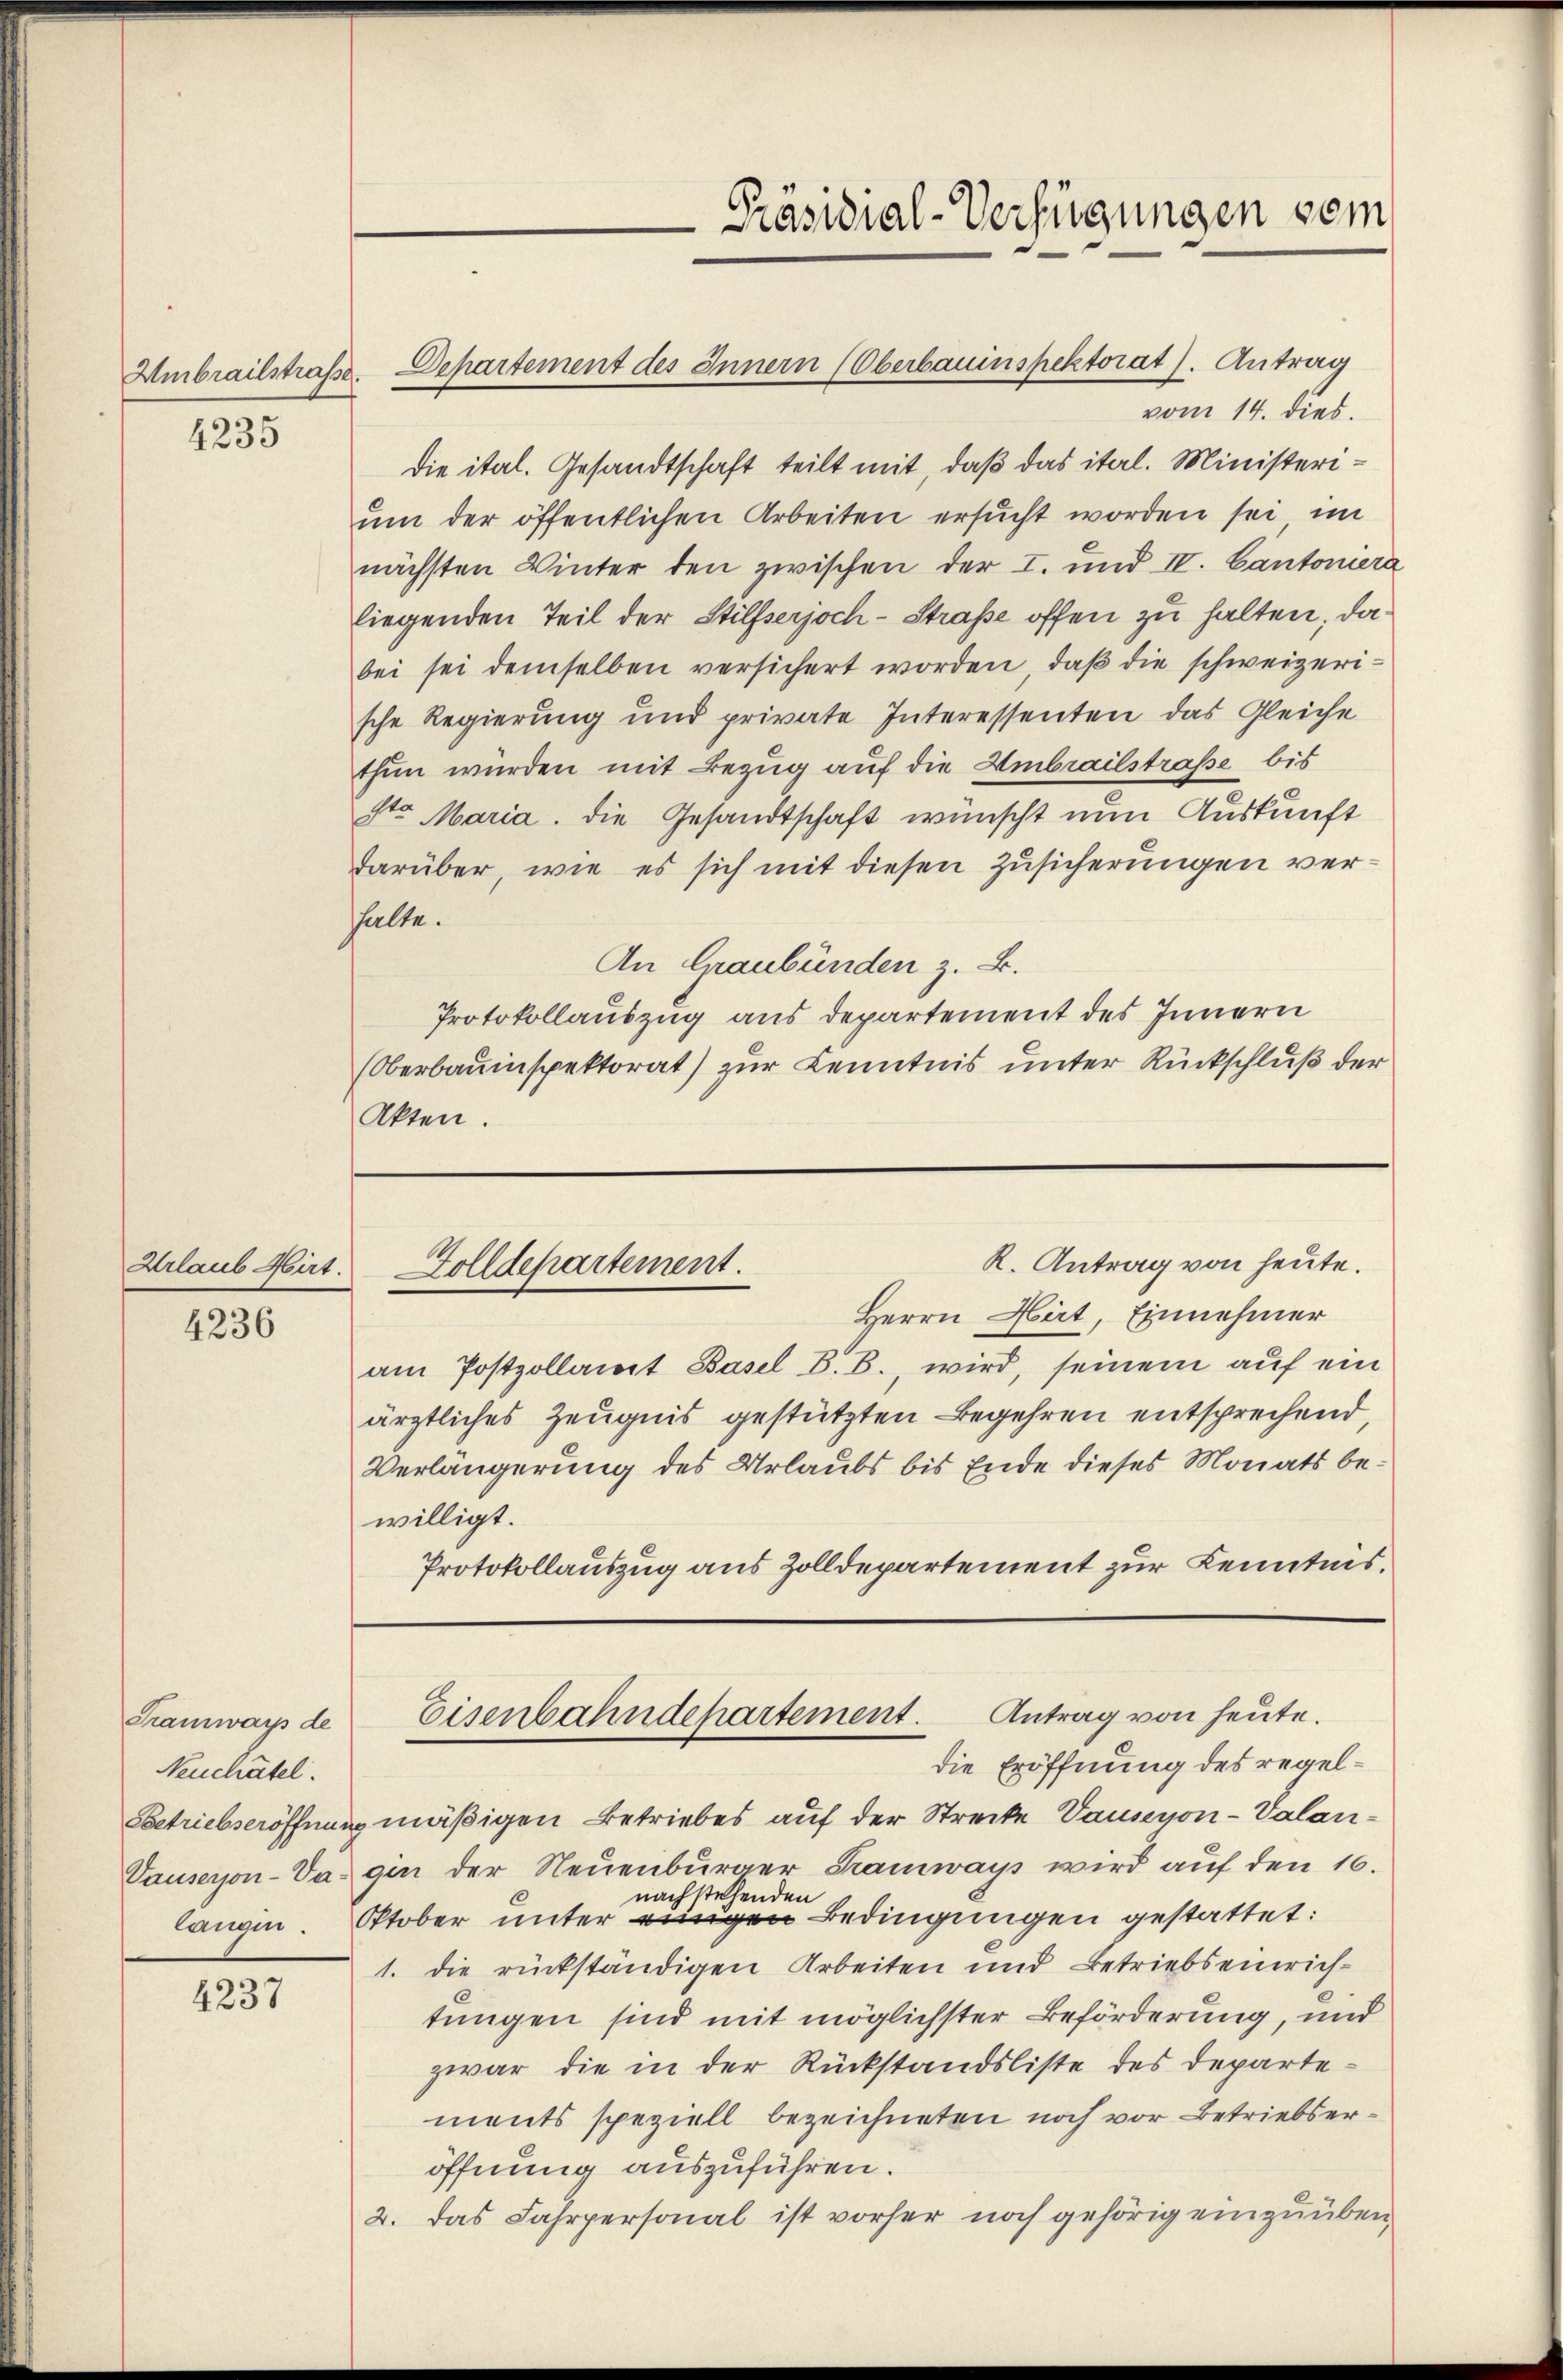
4235

Urlaub Hirt.

4236

Tramways de
Neuchatel.

4237

vom 14. dies
die ital. Gesandtschaft teilt mit, daß das ital. Ministeriŭm der öffentlichen Arbeiten ersucht worden sei, im
nächsten Winter den zwischen der I. und IV. Cantoniera
liegenden Teil der Stilfserjoch-Straße offen zu halten, dabei sei demselben versichert worden, daβ die schweizerische Regierung und private Interessenten das Gleiche
thun wurden mit Bezug auf die Embrailstraße bis
Sto Maria. Die Gesandtschaft wünscht nun Auskunft
darüber, wie es sich mit diesen Zusicherungen verhalte.
An Graubünden z. B.
Protokollauszug aus departement des Innern
(Oberbauinspektorat) zur Kenntnis unter Rückschluß der
Akten.

Umbrailstraße. Departement des Innern (Oberbauinspektorat J. Antrag

-Präsidial-Verfügungen vom

K. Antrag von heute.
Zolldepartement.

Herrn Hirt, Einnehmer
am Postzollamt Basel B. B., wird, seinem auf ein
ärztliches Zeugnis gestützten Begehren entsprechend,
Verlängerung des Urlaubs bis Ende dieses Monats bewilligt.
Protokollauszug aus Zolldepartement zur Kenntnis.

die Eröffnung des regel¬
Betriebseröffnung mäßigen Betriebes auf der Strecke Vause von - Valan¬
Vauseron-Da gin der Neuenburger Tramways wird auf den 16.
nachstehenden
langen. Oktober unter eigen Bedingungen gestattet:
1. die rückständigen Arbeiten und Betriebseinrichtungen sind mit möglichster Beförderung, und
zwar die in der Rückstandsliste des Departements speziell bezeichneten noch vor Betriebseröffnung auszuführen.
2. Das Fahrpersonal ist vorher noch gehörig einzuüben

Eisenbahndepartement. Antrag von heute.